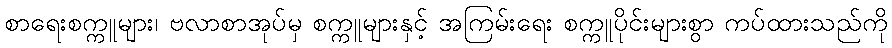
စာရေးစက္ကူများ၊ ဗလာစာအုပ်မှ စက္ကူများနှင့် အကြမ်းရေး စက္ကူပိုင်းများစွာ ကပ်ထားသည်ကို